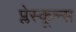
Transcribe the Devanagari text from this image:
प्लेस्कूल्स